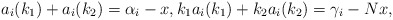
\begin{align*}a_i(k_1)+a_i(k_2)=\alpha_i-x,k_1a_i(k_1)+k_2a_i(k_2)=\gamma_i-Nx,\end{align*}